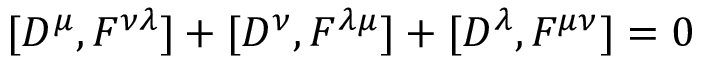
\lbrack D ^ { \mu } , F ^ { \nu \lambda } ] + [ D ^ { \nu } , F ^ { \lambda \mu } ] + [ D ^ { \lambda } , F ^ { \mu \nu } ] = 0